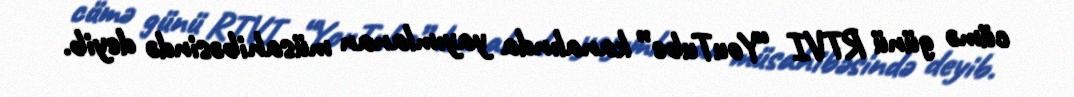
cümə günü RTVI “YouTube” kanalında yayımlanan müsahibəsində deyib.